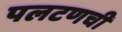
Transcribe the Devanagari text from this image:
पलटणची